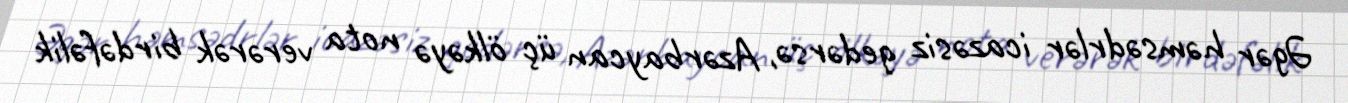
Əgər həmsədrlər icazəsiz gedərsə, Azərbaycan üç ölkəyə nota verərək birdəfəlik